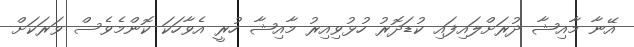
އޭނާ މާއިޝާ ދުރަށްލައިފައި ކުޑަދޮރު ހުޅުވިއިރު މާއިޝާ ހުރީ އެވާހަކަ ކޮންމެވެސް ވަރަކަށް